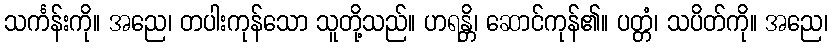
သင်္ကန်းကို။ အညေ၊ တပါးကုန်သော သူတို့သည်။ ဟရန္တိ၊ ဆောင်ကုန်၏။ ပတ္တံ၊ သပိတ်ကို။ အညေ၊